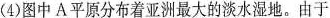
(4)图中A平原分布着亚洲最大的淡水湿地。由于